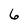
Character: 6